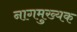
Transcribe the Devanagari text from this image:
नागमुख्यक